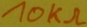
Text: 10KΩ